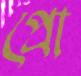
প্রো